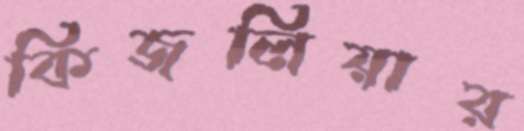
কিজলিয়ার